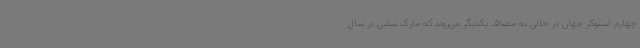
چهارم اسنوکر جهان در حالی به مصاف یکدیگر می‌روند که مارک سلبی در سال